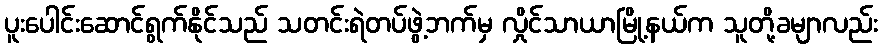
ပူးပေါင်းဆောင်ရွက်နိုင်သည် သတင်းရဲတပ်ဖွဲ့ဘက်မှ လှိုင်သာယာမြို့နယ်က သူတို့ခမျာလည်း